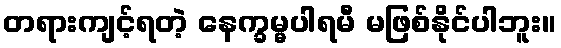
တရားကျင့်ရတဲ့ နေက္ခမ္မပါရမီ မဖြစ်နိုင်ပါဘူး။